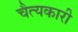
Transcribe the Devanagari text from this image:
चैत्यकारी